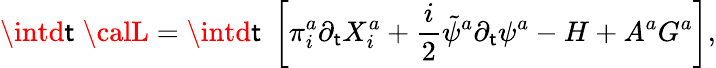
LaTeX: \intd\mathsf{t}\; {\calL}=\intd\mathsf{t}\; \left[\pi_{i}^{a}\partial_{\mathsf{t}}X_{i}^{a}+\frac{{i}}{{2}}\tilde{{\psi}}^{a}\partial_{\mathsf{t}}\psi^{a}-H+A^{a}G^{a}\right],